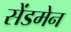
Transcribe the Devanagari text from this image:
सेंडमेन